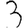
Digit: 3